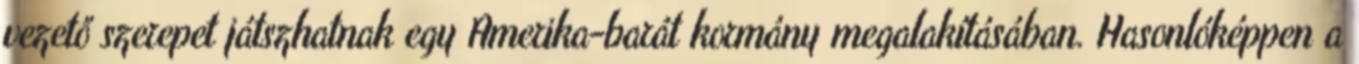
vezető szerepet játszhatnak egy Amerika-barát kormány megalakításában. Hasonlóképpen a